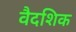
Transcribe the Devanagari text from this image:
वैदशिक